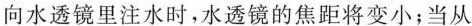
向水透镜里注水时，水透镜的焦距将变小；当从